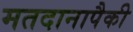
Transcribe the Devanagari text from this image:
मतदानापैकी